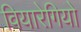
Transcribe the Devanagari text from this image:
वियारेगियो